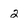
Character: 2